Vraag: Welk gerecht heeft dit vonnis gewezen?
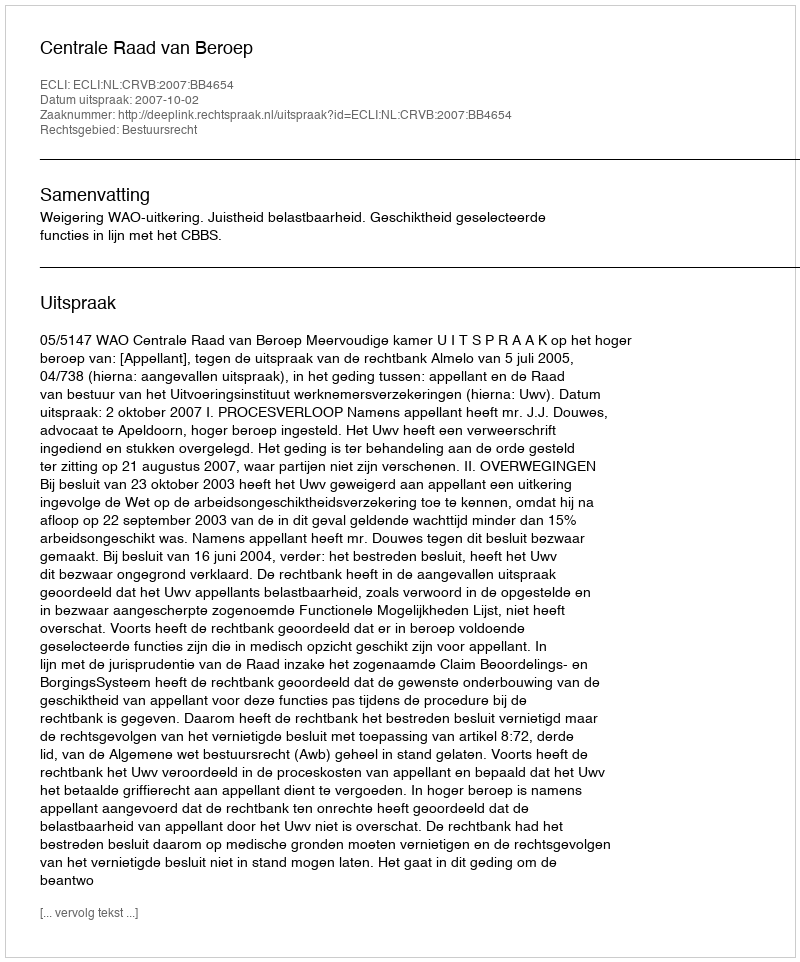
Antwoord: Centrale Raad van Beroep